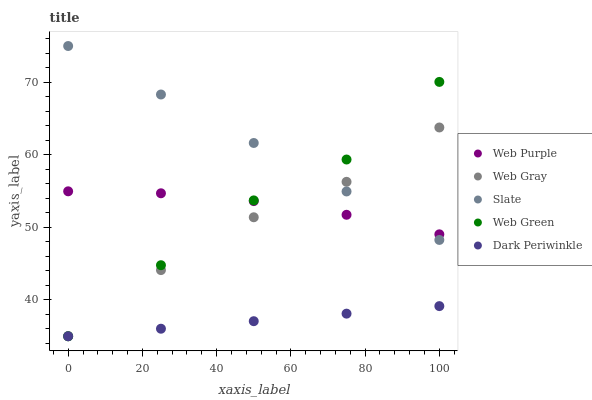
| xaxis_label | Web Purple | Web Gray | Slate | Web Green | Dark Periwinkle |
 | --- | --- | --- | --- | --- | --- |
 | 0 | 55 | 35 | 75 | 35 | 35 |
 | 25 | 54.7 | 44.1 | 68.3 | 44.8 | 36 |
 | 50 | 53.6 | 51.4 | 61.6 | 53.7 | 37.1 |
 | 75 | 51.7 | 56.3 | 55 | 59.4 | 38.1 |
 | 100 | 49 | 63.8 | 48.3 | 70.1 | 39.2 |